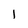
Character: 1